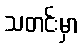
သတင်းမှာ